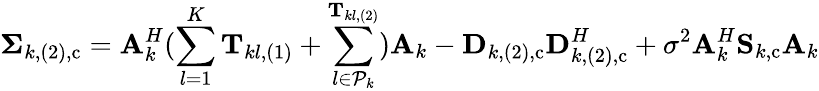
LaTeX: \mathbf{\Sigma}_{k,(2),\mathrm{c}}=\mathbf{A}_{k}^{H}(\sum_{l=1}^{K}{\mathbf{T}_{kl,(1)}+\sum_{l\in\mathcal{P}_{k}}^{\mathbf{T}_{kl,(2)}}})\mathbf{A}_{k}-\mathbf{D}_{k,(2),\mathrm{c}}\mathbf{D}_{k,(2),\mathrm{c}}^{H}+\sigma^{2}\mathbf{A}_{k}^{H}\mathbf{S}_{k,\mathrm{c}}\mathbf{A}_{k}